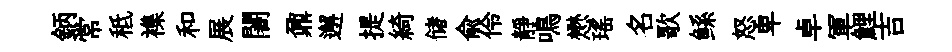
鈵常秪襍和展闍鼐邂提綺储兪伶靜鳴懋瑤名歌鲧怒卑卓軍鯉吉